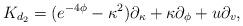
LaTeX: \begin{align*}{K}_{d_2}=(e^{-4\phi }-{\kappa }^2)\partial_{\kappa }+\kappa \partial_ \phi +u\partial_v,\end{align*}